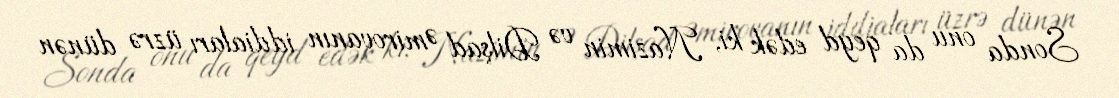
Sonda onu da qeyd edək ki, Nazimin və Dilşad Əmirovanın iddiaları üzrə dünən